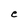
Character: e